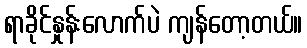
ရာခိုင်နှုန်းလောက်ပဲ ကျန်တော့တယ်။